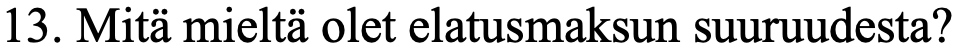
13. Mitä mieltä olet elatusmaksun suuruudesta?